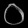
Digit: ၀